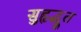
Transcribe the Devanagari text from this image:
सुहृद्भूत